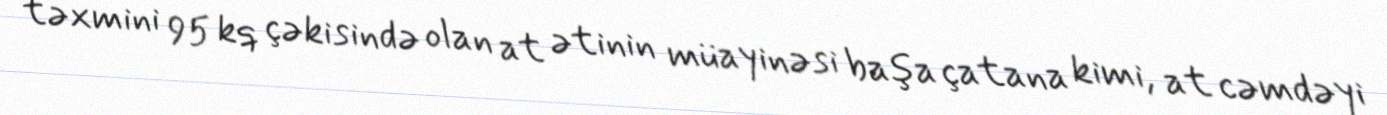
təxmini 95 kq çəkisində olan at ətinin müayinəsi başa çatana kimi, at cəmdəyi